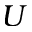
U